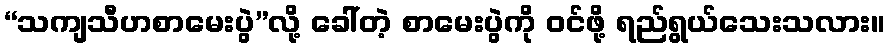
“သကျသီဟစာမေးပွဲ”လို့ ခေါ်တဲ့ စာမေးပွဲကို ဝင်ဖို့ ရည်ရွယ်သေးသလား။